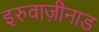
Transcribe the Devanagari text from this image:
इरुवाज़ीनाड